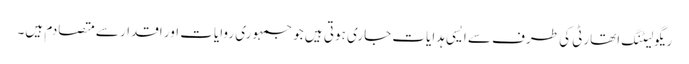
ریگولیٹنگ اتھارٹی کی طرف سے ایسی ہدایات جاری ہوتی ہیں جو جمہوری روایات اور اقدار سے متصادم ہیں۔